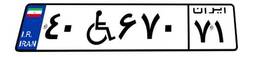
۴۰W۶۷۰۷۱